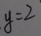
y = 2